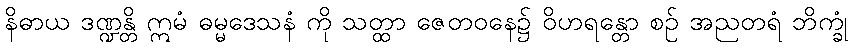
နိဓာယ ဒဏ္ဍန္တိ ဣမံ ဓမ္မဒေသနံ ကို သတ္ထာ ဇေတဝနေ၌ ဝိဟရန္တော စဉ် အညတရံ ဘိက္ခုံ